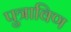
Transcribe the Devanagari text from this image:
पुत्राविण